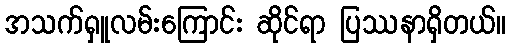
အသက်ရှူလမ်းကြောင်း ဆိုင်ရာ ပြဿနာရှိတယ်။